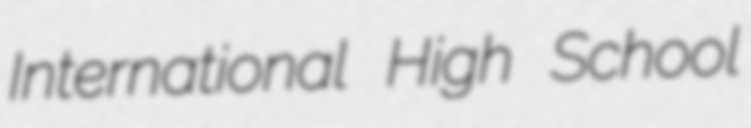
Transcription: International High School